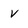
Character: V